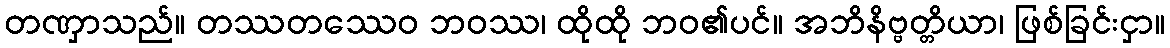
တဏှာသည်။ တဿတဿေဝ ဘဝဿ၊ ထိုထို ဘဝ၏ပင်။ အဘိနိဗ္ဗတ္တိယာ၊ ဖြစ်ခြင်းငှာ။